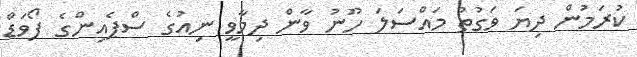
ކުރަމުން ދިޔަ ވަގުތު މައްސަލަ ހޫނު ވާން ދިމާވީ ނިއުގެ ސްޕެއިންގެ ފޯވަޑް